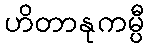
ဟိတာနုကမ္ပီ